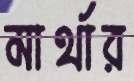
মার্থার